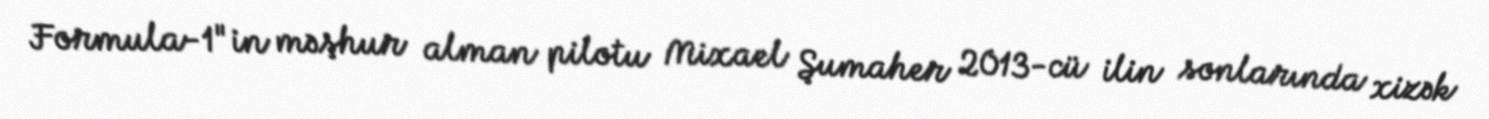
Formula-1"in məşhur alman pilotu Mixael Şumaher 2013-cü ilin sonlarında xizək